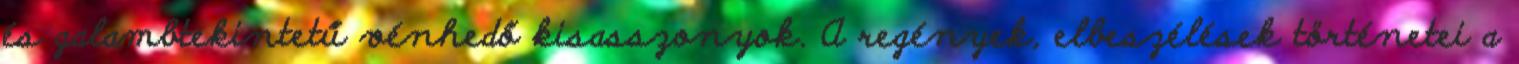
és galambtekintetű vénhedő kisasszonyok. A regények, elbeszélések történetei a